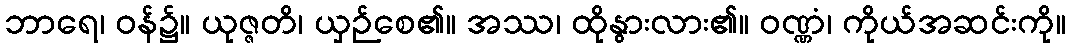
ဘာရေ၊ ဝန်၌။ ယုဇ္ဇတိ၊ ယှဉ်စေ၏။ အဿ၊ ထိုနွားလား၏။ ဝဏ္ဏံ၊ ကိုယ်အဆင်းကို။